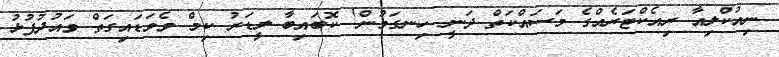
ނިއުކްލިއާ ރިއެކްޓަރެއްގެ މަސައްކަތް ދަނީ ހިނގަމުން! ކޮބައިބާ ލީޑަރު ކިމް ވެވަޑައިގަތް ވައުދުފުޅު